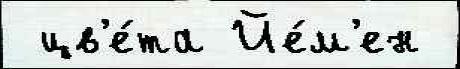
 цв'е́та Йе́м'ен